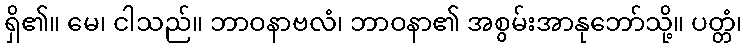
ရှိ၏။ မေ၊ ငါသည်။ ဘာဝနာဗလံ၊ ဘာဝနာ၏ အစွမ်းအာနုဘော်သို့။ ပတ္တံ၊